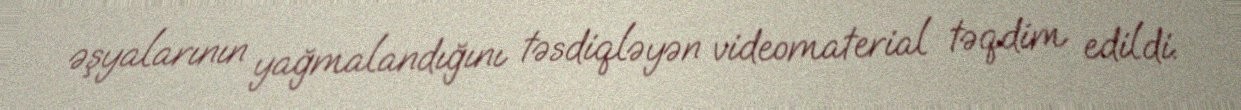
əşyalarının yağmalandığını təsdiqləyən videomaterial təqdim edildi.